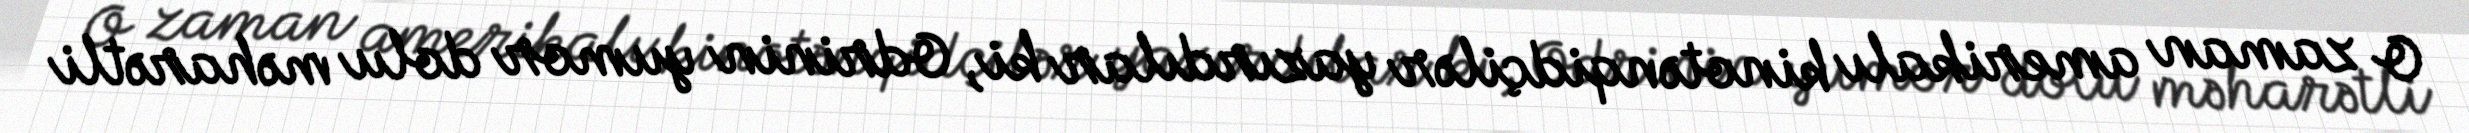
O zaman amerikalı kinotənqidçilər yazırdılar ki, Odrinin yumor dolu məharətli